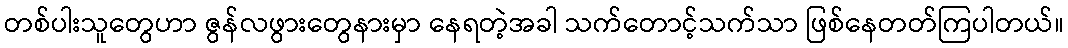
တစ်ပါးသူတွေဟာ ဇွန်လဖွားတွေနားမှာ နေရတဲ့အခါ သက်တောင့်သက်သာ ဖြစ်နေတတ်ကြပါတယ်။